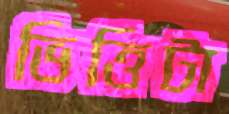
ভিত্তিটা